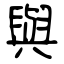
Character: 與